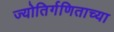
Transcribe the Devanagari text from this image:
ज्योतिर्गणिताच्या